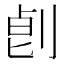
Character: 𠜷